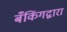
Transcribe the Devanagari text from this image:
बँकिंगद्वारा